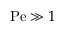
\mathrm { P e } \gg 1